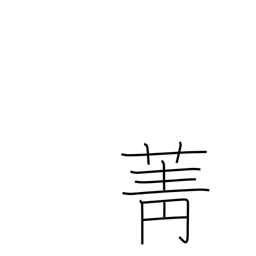
Meaning: turnip